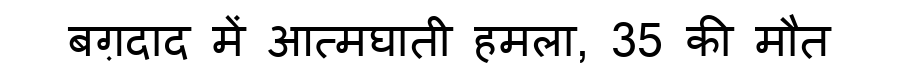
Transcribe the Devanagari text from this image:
बग़दाद में आत्मघाती हमला, 35 की मौत